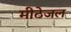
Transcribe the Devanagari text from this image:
मीठेजल